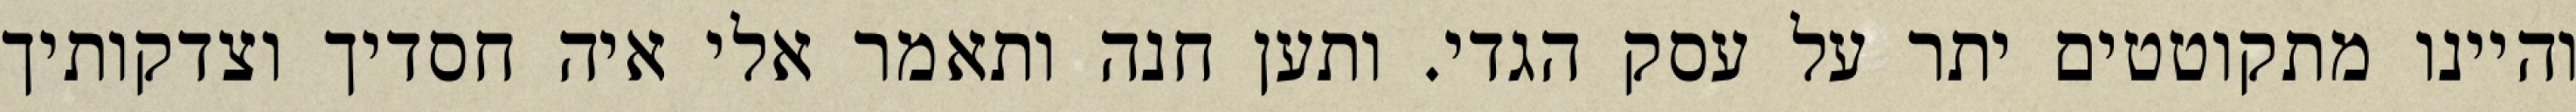
והיינו מתקוטטים יתר על עסק הגדי. ותען חנה ותאמר אלי איה חסדיך וצדקותיך